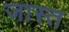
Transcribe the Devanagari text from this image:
जास्‍त्‍ा